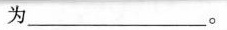
为________。